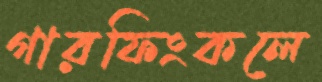
গারফিংকলে